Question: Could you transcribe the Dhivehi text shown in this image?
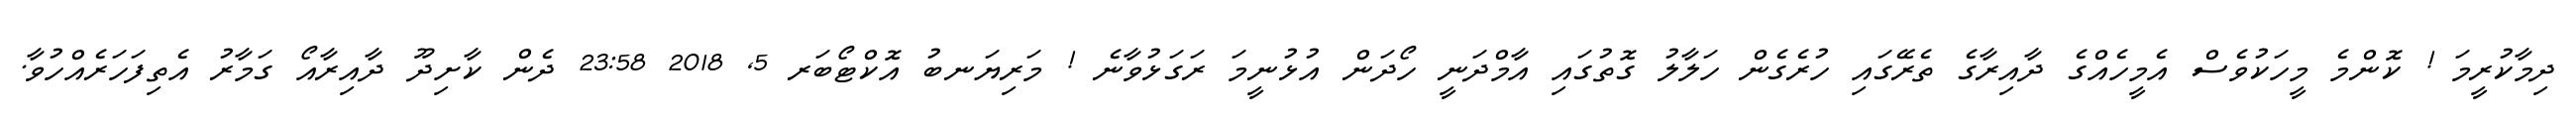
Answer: ދިމާކުރީމަ ! ކޮންމެ މީހަކުވެސް އެމީހެއްގެ ދާއިރާގެ ތެރޭގައި ހުރެގެން ހަލާލު ގޮތުގައި އާމްދަނީ ހޯދަން އުޅުނީމަ ރަގަޅުވާނެ ! މަރިޔަނބު އޮކްޓޯބަރ 5, 2018 23:58 ދެން ކާށިދޫ ދާއިރާއޯ ގަމާރު އެތިފަހަރެއްހުވާ.